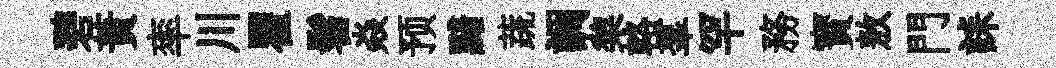
碧蕡率川瞿髫焱预黯蔬調棃輅羣罕務寳敖門誄